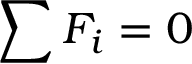
\sum F _ { i } = 0